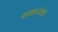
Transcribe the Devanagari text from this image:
राकटतेचे